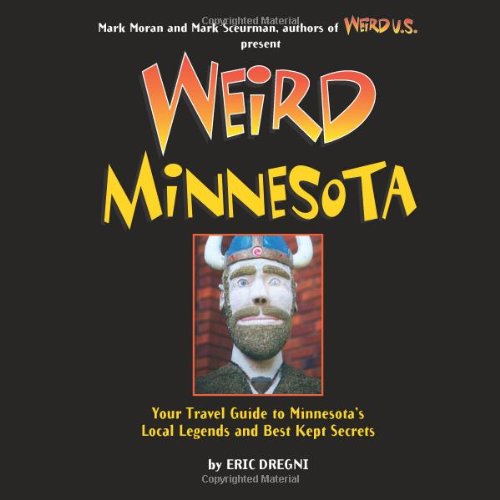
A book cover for Weird Minnesota: Your Travel Guide to Minnesota's Local Legends and Best Kept Secrets; Eric Dregni; Travel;